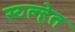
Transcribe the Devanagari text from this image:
स्य्ल्हेत